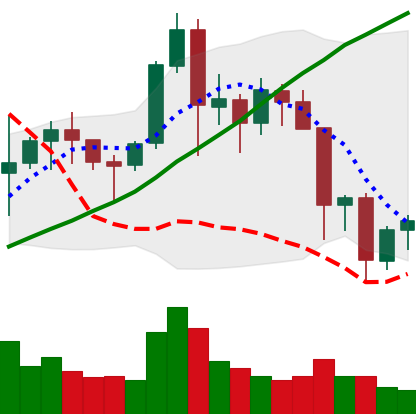
Ticker: NEO-USD
Chart end date: 2021-11-20
Forward return: -6.041%
Label: down_5_7